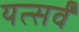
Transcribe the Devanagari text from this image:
यत्सर्वं